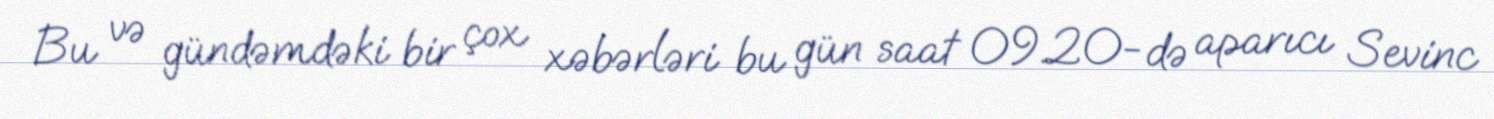
Bu və gündəmdəki bir çox xəbərləri bu gün saat 09.20-də aparıcı Sevinc